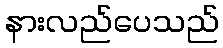
နားလည်ပေသည်